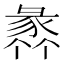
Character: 𧱤